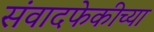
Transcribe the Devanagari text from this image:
संवादफेकीच्या